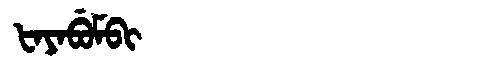
Manchu: ᡶᠠᠶᠠᠪᡠᠮᠪᡳ
Romanization: FAYABUMBI